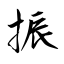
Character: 振